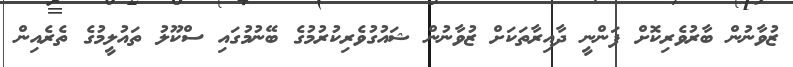
ޒުވާނުން ބާރުވެރިކޮށް ފަންނީ ދާއިރާތަކަށް ޒުވާނުން ޝައުގުވެރިކުރުމުގެ ބޭނުމުގައި ސްކޫލު ތައުލީމުގެ ތެރެއިން